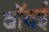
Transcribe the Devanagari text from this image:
बॉवई